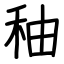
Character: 秞